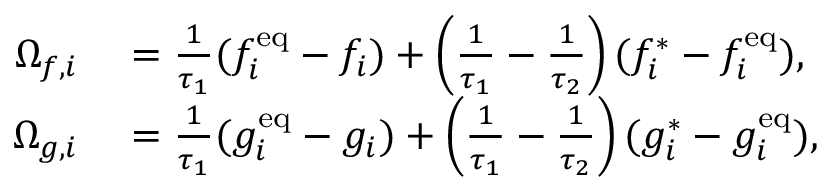
\begin{array} { r l } { \Omega _ { f , i } } & { { } = \frac { 1 } { \tau _ { 1 } } ( f _ { i } ^ { \mathrm { e q } } - f _ { i } ) + \left( \frac { 1 } { \tau _ { 1 } } - \frac { 1 } { \tau _ { 2 } } \right) ( f _ { i } ^ { \ast } - f _ { i } ^ { \mathrm { e q } } ) , } \\ { \Omega _ { g , i } } & { { } = \frac { 1 } { \tau _ { 1 } } ( g _ { i } ^ { \mathrm { e q } } - g _ { i } ) + \left( \frac { 1 } { \tau _ { 1 } } - \frac { 1 } { \tau _ { 2 } } \right) ( g _ { i } ^ { \ast } - g _ { i } ^ { \mathrm { e q } } ) , } \end{array}